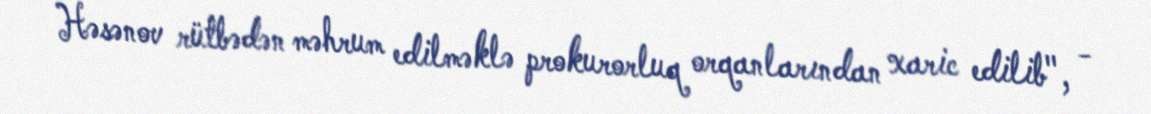
Həsənov rütbədən məhrum edilməklə prokurorluq orqanlarından xaric edilib", -